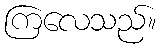
ကြလေသည်။